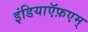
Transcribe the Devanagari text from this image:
इंडियाऍफ़एम्